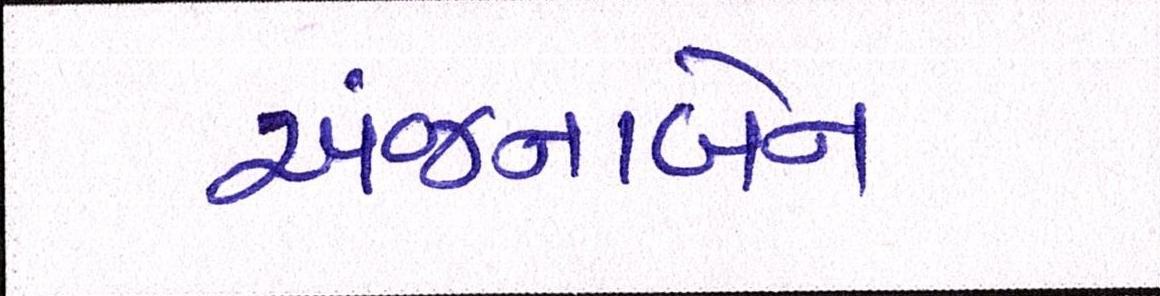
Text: અંજનાબેન